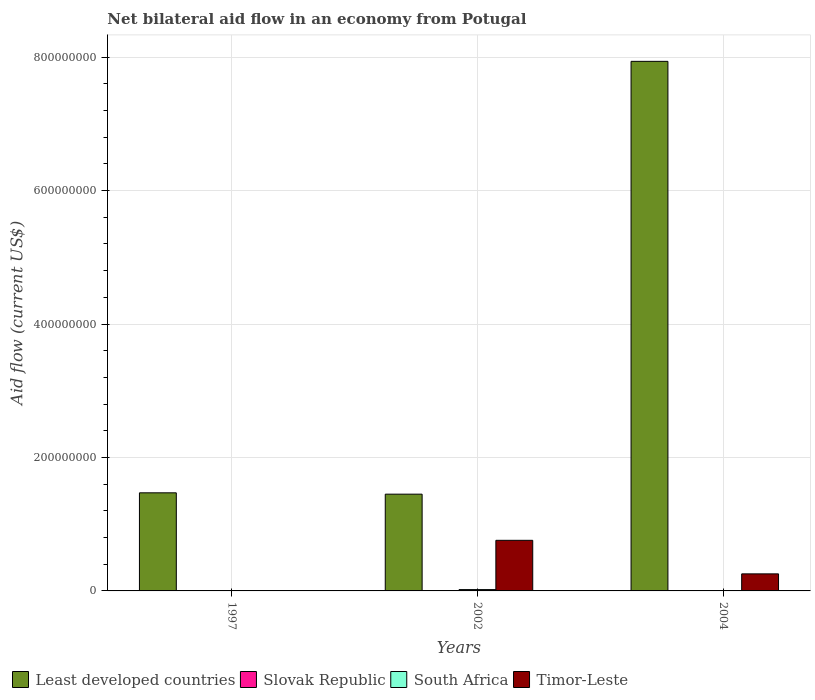
| Years | Least developed countries | Slovak Republic | South Africa | Timor-Leste |
 | --- | --- | --- | --- | --- |
 | 1997 | 1.47e+08 | 1e+04 | 4e+04 | 3.1e+05 |
 | 2002 | 1.45e+08 | 1e+04 | 2.01e+06 | 7.58e+07 |
 | 2004 | 7.94e+08 | 1e+04 | 4e+05 | 2.56e+07 |